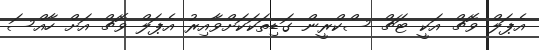
އެޕަލް ވޮޗް އަކީ ޓަޗް ސްކްރީން ގަޑިތަކަކަށްވާއިރު އެޕަލް ވޮޗް އަށް ހާއްސަ